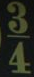
34